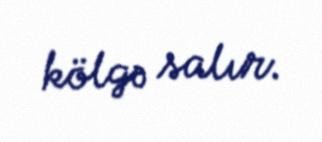
kölgə salır.